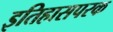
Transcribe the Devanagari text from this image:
इतिहासपरक